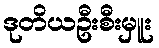
ဒုတိယဦးစီးမှူး